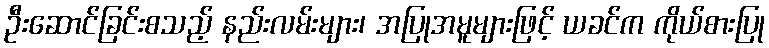
ဦးဆောင်ခြင်းစသည့် နည်းလမ်းများ၊ အပြုအမူများဖြင့် ယခင်က ကိုယ်စားပြု